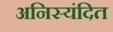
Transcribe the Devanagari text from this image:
अनिस्यंदित